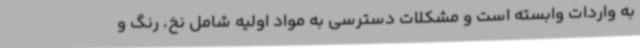
به واردات وابسته است و مشکلات دسترسی به مواد اولیه شامل نخ، رنگ و